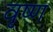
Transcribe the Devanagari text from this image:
वृष्ण